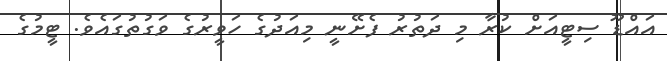
އައްޑޫ ސިޓީއަށް ކުރާ މި ދަތުރު ފެށޭނީ މިއަދުގެ ހަވީރުގެ ވަގުތުގައެވެ. ޓީމުގެ